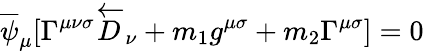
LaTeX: \overline{{{\psi}}}_{\mu}[\Gamma^{\mu\nu\sigma}\overleftarrow{D}_{\nu}+m_{1}g^{\mu\sigma}+m_{2}\Gamma^{\mu\sigma}]=0